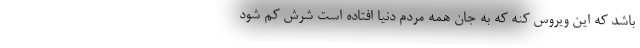
باشد که این ویروس کنه که به جان همه مردم دنیا افتاده است شرش کم شود